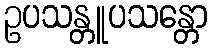
ဥပသန္တူပသန္တော